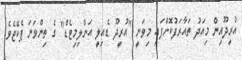
އުރީދޫއިން މިއަދު ތައާރަފުކޮށްފައި މިވަނީ "އުރީދޫ ޑެއިލީ އަންލިމިޓެޑް" ގެ ތިންވަނަ ޕެކޭޖެވެ.